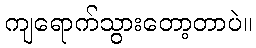
ကျရောက်သွားတော့တာပဲ။